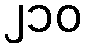
၂၁၀